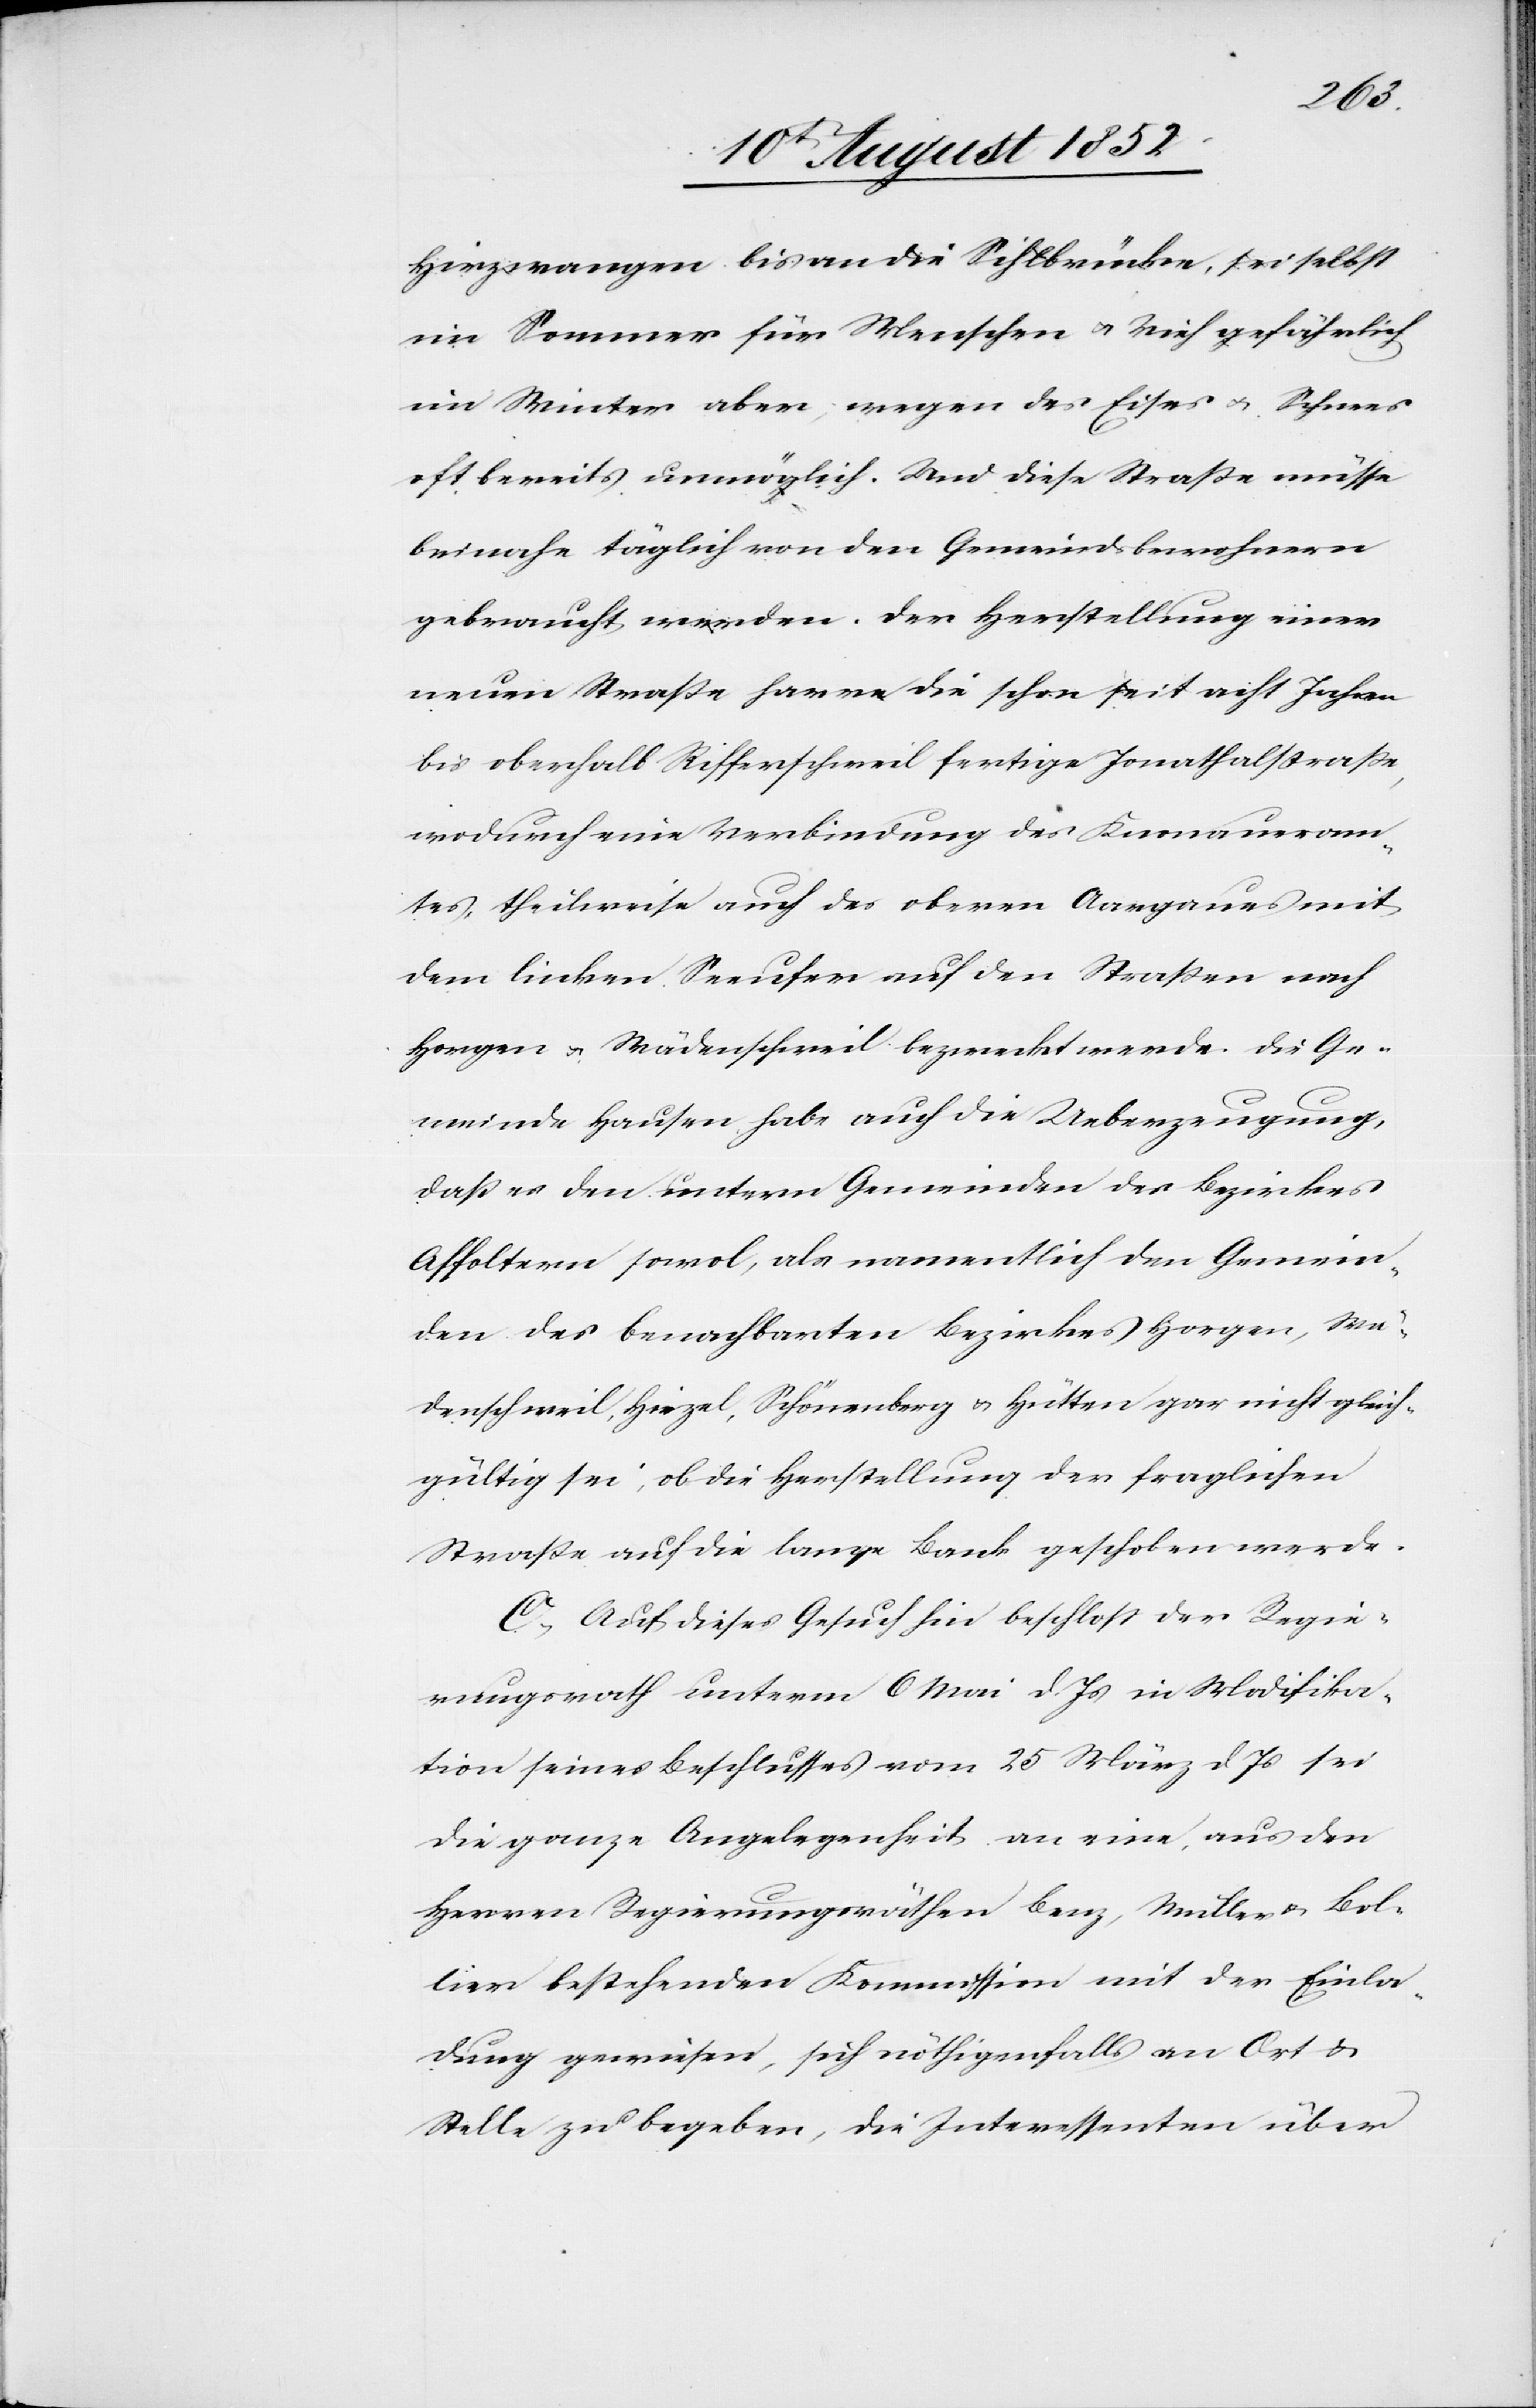
Hirzwangen bis an die Sihlbrücken, sei selbst
im Sommer für Menschen & Vieh gefährlich
im Winter aber, wegen des Eises & Schnees
oft bereits unmöglich. Und diese Straße müsse
beinahe täglich von den Gemeindsbewohnern
gebraucht werden. Der Herstellung einer
neuen Straße harre die schon seit acht Jahren
bis oberhalb Rifferschweil fertige Jonathalstraße,
wodurch eine Verbindung des Knonaueram¬
tes, theilweise auch des oberen Aargaues mit
dem linken Seeufer auf den Straßen nach
Horgen & Wädenschweil bezweckt werde. Die Ge¬
meinde Hausen habe auch die Ueberzeugung,
daß es den untern Gemeinden des Bezirkes
Affoltern sowo[h]l, als namentlich den Gemein¬
den des benachbarten Bezirkes Horgen, Wä¬
denschweil, Hirzel, Schönenberg & Hütten gar nicht gleich¬
gültig sei, ob die Herstellung der fraglichen
Straße auf die lange Bank geschoben werde.
C, Auf dieses Gesuch hin beschloss der Regie¬
rungsrath unterm 6 Mai d. Js in Modifika¬
tion seines Beschlusses vom 25 März d. Js sei
die ganze Angelegenheit an eine, aus den
Herren Regierungsräthen Benz, Müller & Bol¬
lier bestehenden Kommission mit der Einla¬
dung gewiesen, sich nöthigenfalls an Ort &
Stelle zu begeben, die Interessenten über